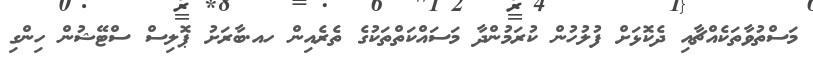
މަސްތުވާތަކެއްޗާއި ދެކޮޅަށް ފުލުހުން ކުރަމުންދާ މަސައްކަތްތަކުގެ ތެރެއިން ހއ.ބާރަށު ޕޮލިސް ސްޓޭޝުން ހިންގި